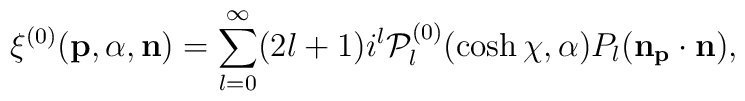
\xi^{(0)}({\bf p},\alpha,{\bf n})=\sum_{l=0}^{\infty}(2l+1)i^{l}{\cal{P}}^{(0)}_{l}(\cosh\chi,\alpha)P_{l}(\bf n_{\bf p}\cdot\bf n),